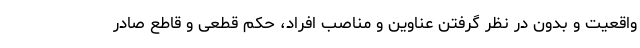
واقعیت و بدون در نظر گرفتن عناوین و مناصب افراد، حکم قطعی و قاطع صادر